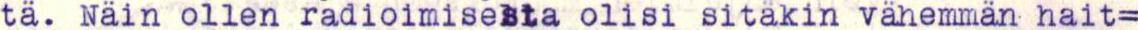
tä. Näin ollen radioimisesta olisi sitäkin vähemmän hait=